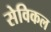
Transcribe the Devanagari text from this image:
सेविकल